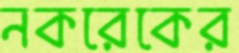
নকরেকের